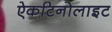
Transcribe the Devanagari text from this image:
ऐकटिनोलाइट